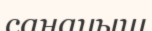
санауыш